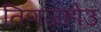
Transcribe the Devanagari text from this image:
तिणज़होउ